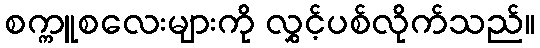
စက္ကူစလေးများကို လွှင့်ပစ်လိုက်သည်။